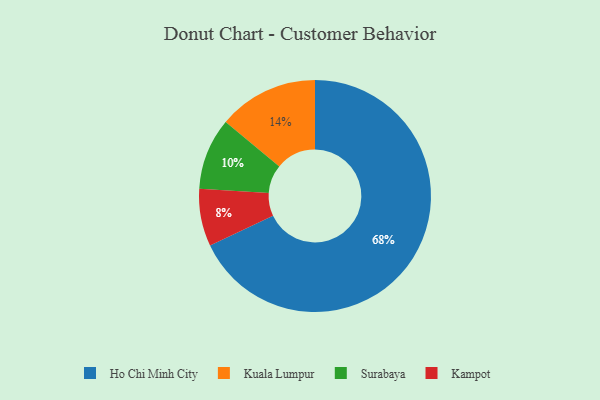
{"axis": {"x": "Category", "y": "Percentage"}, "legend": ["Ho Chi Minh City", "Kampot", "Kuala Lumpur", "Surabaya"], "data": [{"x": "Ho Chi Minh City", "y": 68, "type": "Ho Chi Minh City"}, {"x": "Kampot", "y": 8, "type": "Kampot"}, {"x": "Surabaya", "y": 10, "type": "Surabaya"}, {"x": "Kuala Lumpur", "y": 14, "type": "Kuala Lumpur"}]}